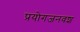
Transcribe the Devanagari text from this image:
प्रयोगजनवश